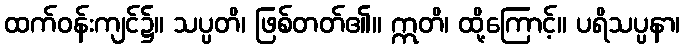
ထက်ဝန်းကျင်၌။ သပ္ပတိ၊ ဖြစ်တတ်၏။ ဣတိ၊ ထို့ကြောင့်။ ပရိသပ္ပနာ၊